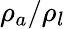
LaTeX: \rho_{a}/\rho_{l}